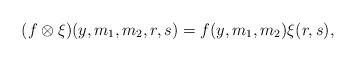
LaTeX: \begin{align*}(f\otimes\xi)(y,m_{1},m_{2},r,s)=f(y,m_{1},m_{2})\xi(r,s),\end{align*}